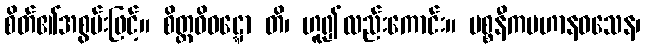
စိတ်၏အစွမ်းဖြင့်။ စိတ္တဝိဝဋ္ဋော တိ၊ ဟူ၍လည်းကောင်း။ ပစ္စနီကပဟာနဝသေန၊